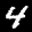
Label: 4